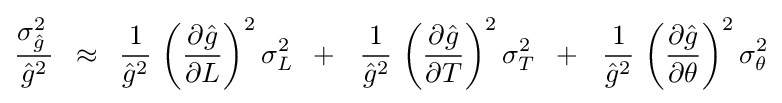
{{\sigma _{\hat {g}}^{2}\,} \over {{\hat {g}}^{2}}}\,\,\,\approx \,\,\,{1 \over {{\hat {g}}^{2}}}\,\left({{\partial {\hat {g}}} \over {\partial L}}\right)^{2}\sigma _{L}^{2}\,\,\,+\,\,\,\,{1 \over {{\hat {g}}^{2}}}\,\left({{\partial {\hat {g}}} \over {\partial T}}\right)^{2}\sigma _{T}^{2}\,\,\,+\,\,\,\,{1 \over {{\hat {g}}^{2}}}\,\left({{\partial {\hat {g}}} \over {\partial \theta }}\right)^{2}\sigma _{\theta }^{2}